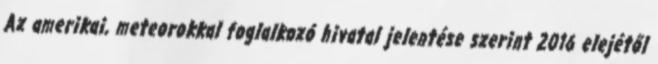
Az amerikai, meteorokkal foglalkozó hivatal jelentése szerint 2016 elejétől